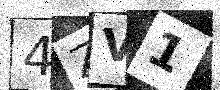
Text: 4ZV1